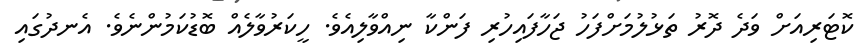
ކޮޓަރިއަށް ވަދެ ދޮރު ތަޅުލުމަށްފަހު ޖަހާފައިހުރި ފަންކާ ނިއްވާލިއެވެ. ހީކަރުވާލެއް ބޮޑުކަމުންނެވެ. އެނދުގައި